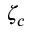
\zeta _ { c }